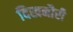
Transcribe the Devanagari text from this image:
दिखनौरी